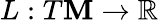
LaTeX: L:T\mathbf{M}\to\mathbb{{R}}